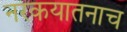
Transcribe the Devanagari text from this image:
नरकयातनाच